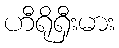
ဟီရိုရှီးမား